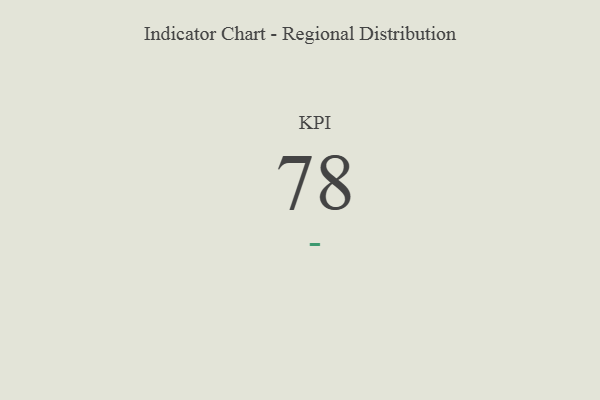
{"axis": {"x": "KPI", "y": "Value"}, "legend": [""], "data": [{"x": "KPI", "y": 78, "type": ""}]}